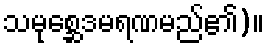
သမုစ္ဆေဒမရဏမည်၏)။